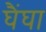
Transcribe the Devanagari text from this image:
घैंघा